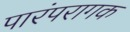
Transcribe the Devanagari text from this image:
पारंपरागक